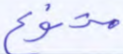
متنوع